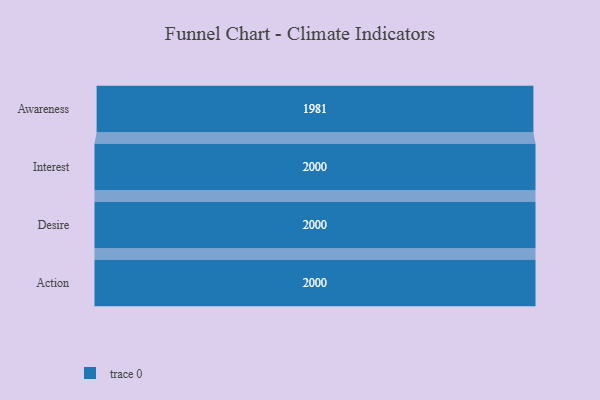
{"axis": {"x": "Stage", "y": "Value"}, "legend": [""], "data": [{"x": "Awareness", "y": 1981.0, "type": ""}, {"x": "Interest", "y": 2000, "type": ""}, {"x": "Desire", "y": 2000, "type": ""}, {"x": "Action", "y": 2000, "type": ""}]}